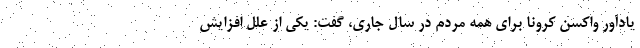
یادآور واکسن کرونا برای همه مردم در سال جاری، گفت: یکی از علل افزایش